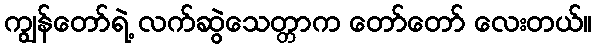
ကျွန်တော်ရဲ့ လက်ဆွဲသေတ္တာက တော်တော် လေးတယ်။